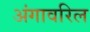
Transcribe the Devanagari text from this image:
अंगावरिल